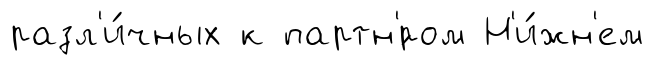
разл'и́чных к партн'́ром Н'и́жн'ем